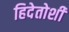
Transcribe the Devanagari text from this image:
हिदेतोशी